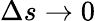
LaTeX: \Delta s\rightarrow 0